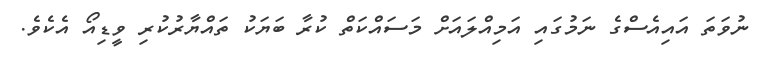
ނުވަތަ އައިއެސްގެ ނަމުގައި އަމިއްލައަށް މަސައްކަތް ކުރާ ބަޔަކު ތައްޔާރުކުރި ވީޑިއޯ އެކެވެ.